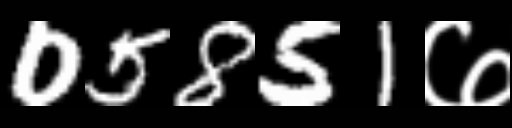
Text: 05851७